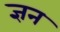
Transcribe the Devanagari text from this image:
ज्ञन